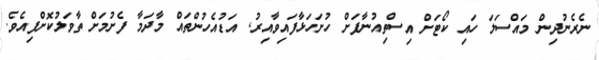
ނެރެނުދިން މައްސަލަ ހައި ކޯޓަށް އިސްތިއުނާފަށް ހުށަހަޅާފައިވާއިރު